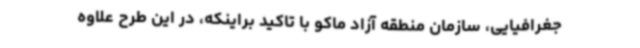
جغرافیایی، سازمان منطقه آزاد ماکو با تاکید براینکه، در این طرح علاوه